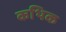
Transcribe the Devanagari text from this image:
कथिक